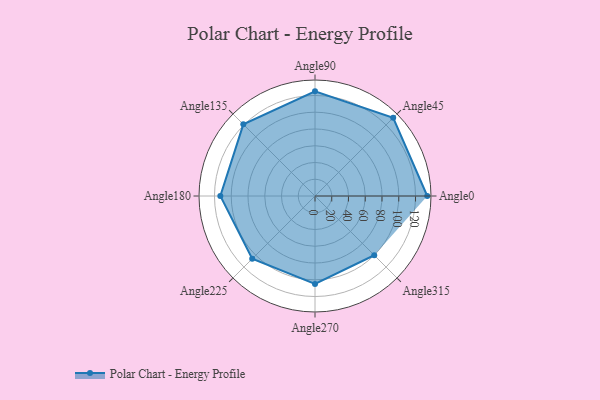
{"axis": {"x": "Angle", "y": "Radius"}, "legend": [""], "data": [{"x": "Angle0", "y": 134.0, "type": ""}, {"x": "Angle45", "y": 132.0, "type": ""}, {"x": "Angle90", "y": 125.0, "type": ""}, {"x": "Angle135", "y": 121.0, "type": ""}, {"x": "Angle180", "y": 113.0, "type": ""}, {"x": "Angle225", "y": 106.0, "type": ""}, {"x": "Angle270", "y": 105.0, "type": ""}, {"x": "Angle315", "y": 100.0, "type": ""}]}